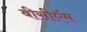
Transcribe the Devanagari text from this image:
बीसीऍम